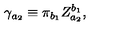
\gamma _ { a _ { 2 } } \equiv \pi _ { b _ { 1 } } Z _ { a _ { 2 } } ^ { b _ { 1 } } ,